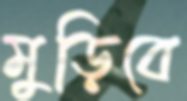
মুড়িবে